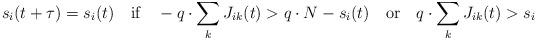
LaTeX: \begin{align*}s_i(t+\tau)=s_i(t)\quad\mbox{if}\quad -q\cdot\sum_k J_{ik}(t)>q\cdot N-s_i(t)\quad\mbox{or}\quad q\cdot\sum_kJ_{ik}(t)>s_i\end{align*}